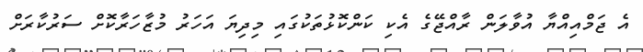
އެ ޖަމްއިއްޔާ އުވާލަން ރާއްޖޭގެ އެކި ކަންކޮޅުތަކުގައި މިދިޔަ އަހަރު މުޒާހަރާކޮށް ސަރުކާރަށް